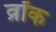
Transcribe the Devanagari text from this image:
व्रॉक